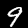
Label: 9